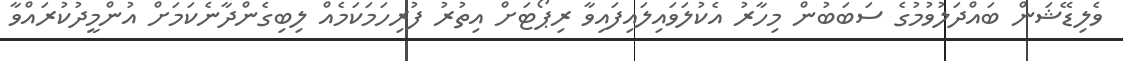
ވެލިޑޭޝަން ބައްދަލުވުމުގެ ސަބަބުން މިހާރު އެކުލަވައިލައިފައިވާ ރިޕޯޓަށް އިތުރު ފުރިހަމަކަމެއް ލިބިގެންދާނެކަމަށް އުންމީދުކުރައްވާ